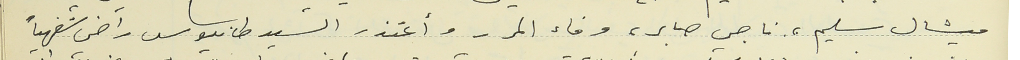
ميشال سليم، ناجي صابر، وفاء المر - وأعتذر السيد طانيوس راضي شفهياً